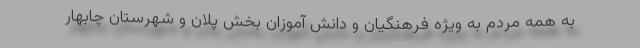
به همه مردم به ویژه فرهنگیان و دانش آموزان بخش پلان و شهرستان چابهار